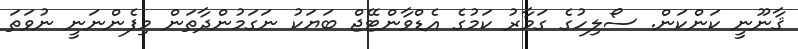
ޤާނޫނީ ކަންކަން. ސޯލިހުގެ ގަމާރު ކަމުގެ އެޑްވާންޓޭޖް ބަޔަކު ނަގަމުންދާތަން މިފެންނަނީ ނުވަތަ